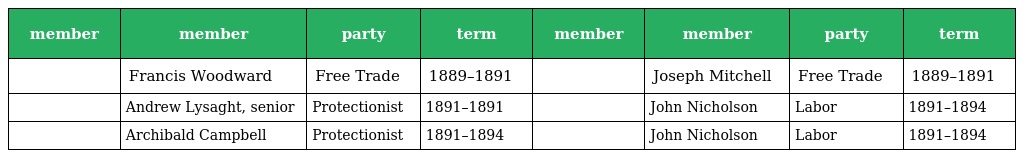
| member | member | party | term | member | member | party | term |
 | --- | --- | --- | --- | --- | --- | --- | --- |
 |  | Francis Woodward | Free Trade | 1889–1891 |  | Joseph Mitchell | Free Trade | 1889–1891 |
 |  | Andrew Lysaght, senior | Protectionist | 1891–1891 |  | John Nicholson | Labor | 1891–1894 |
 |  | Archibald Campbell | Protectionist | 1891–1894 |  | John Nicholson | Labor | 1891–1894 |